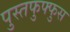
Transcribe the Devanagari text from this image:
पुस्तफुफ्फुस